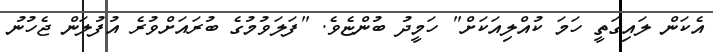
އެކަން ލައިގަތީ ހަމަ ކުއްލިއަކަށް" ހަމީދު ބުންޏެވެ. "ފަލަވުމުގެ ބުރައަށްވުރެ އުފުލަން ޖެހުނު